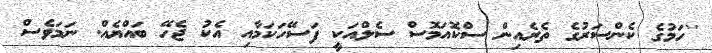
''ހަމުގެ ކެންސަރުގެ ތެރެއިން ސްކޮއަމޮސް ސެލްއަކީ ފަސޭހަކަމާއި އެކު ޖެހޭ ބައްޔެއް. ނަމަވެސް